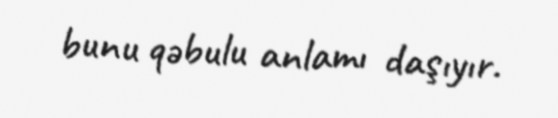
bunu qəbulu anlamı daşıyır.